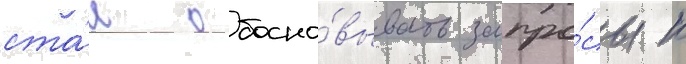
ста́л обосно́вывать запро́сы к